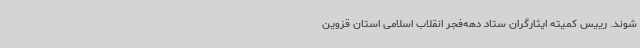
شوند. رییس کمیته ایثارگران ستاد دهه‌فجر انقلاب اسلامی استان قزوین